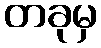
တခုမှ